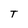
Character: T